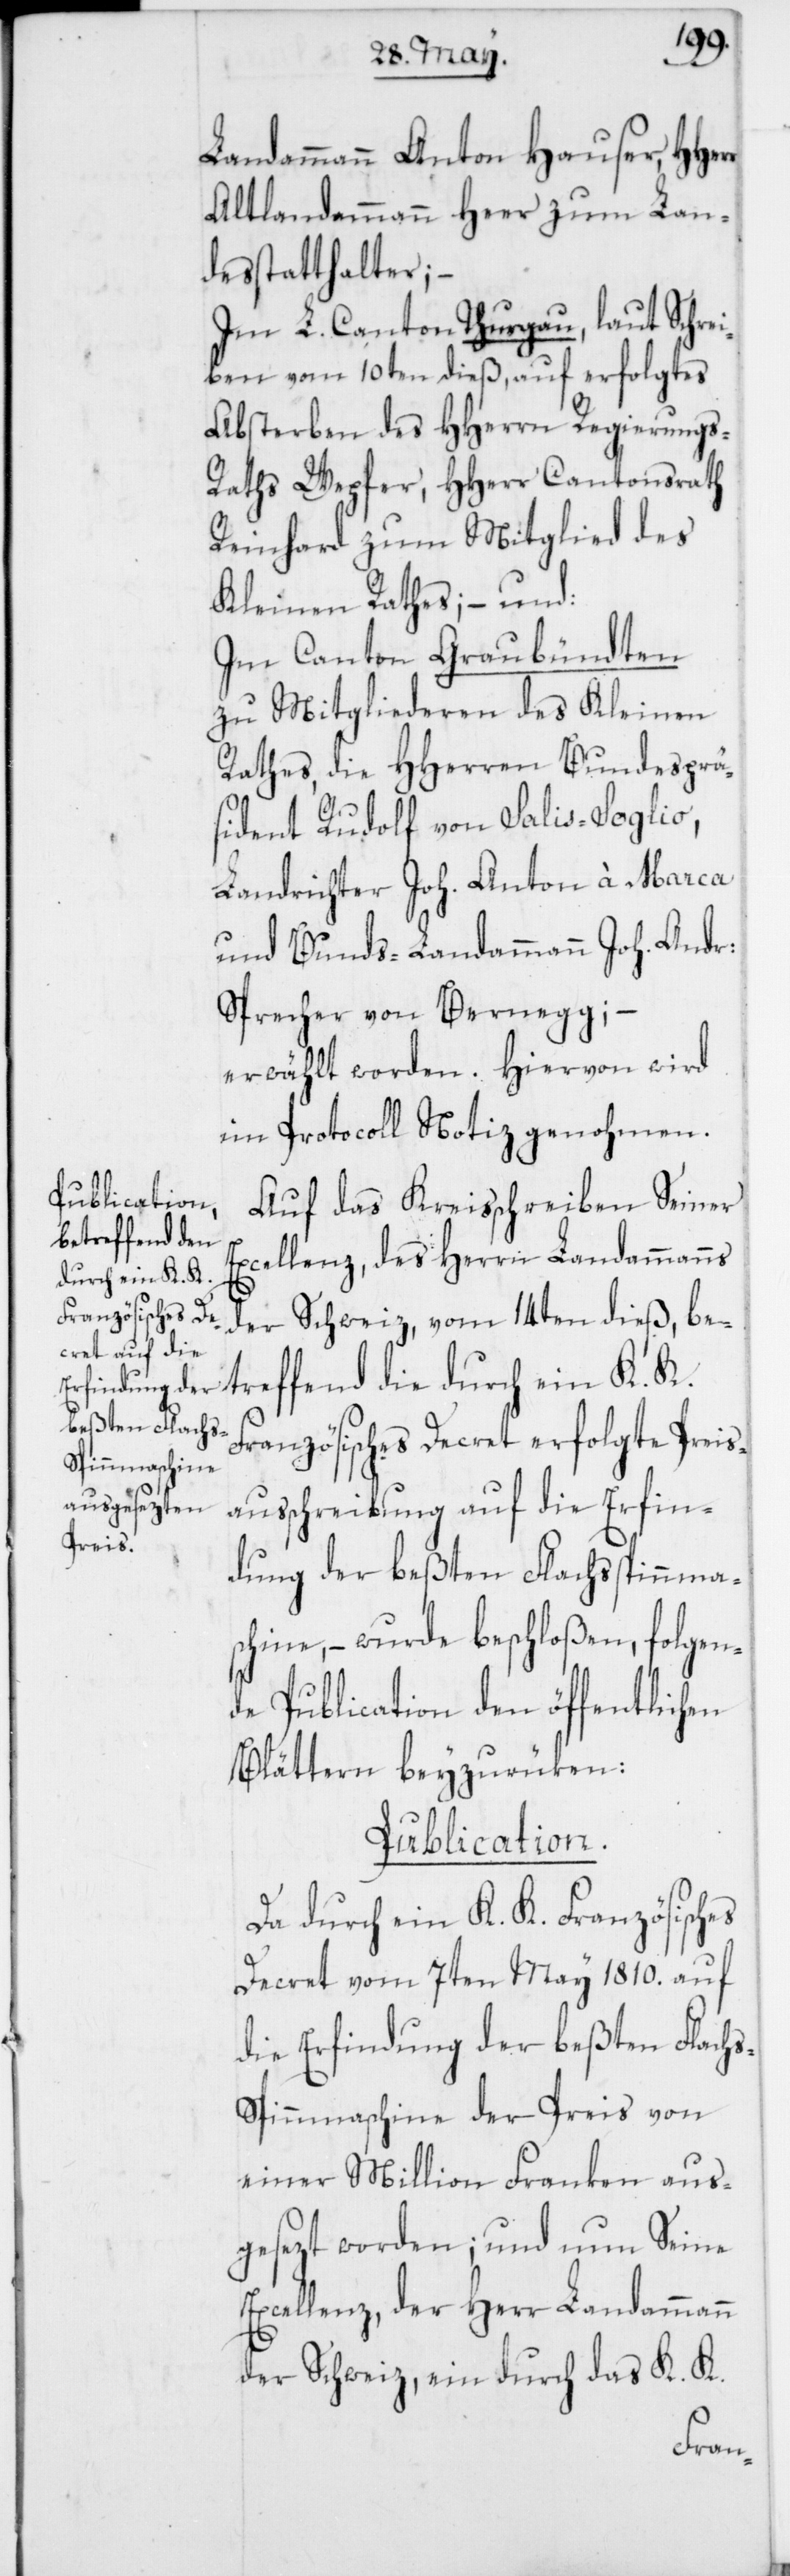
Landammann Anton Hauser,
Altlandammann Heer zum Lan¬
desstatthalter;
Im L. Canton Thurgau, laut Schrei¬
ben vom 10ten dieß, auf erfolgtes
Absterben des HHerrn Regierungs-R¬
aths Wepfer, HHerr Cantonsrath
Reinhard zum Mitglied des
Kleinen Rathes; – und:
Im Canton Graubündten
zu Mitgliederen des Kleinen
Rathes, die HHerren Bundesprä¬
sident Rudolf von Salis-Soglio,
Landrichter Joh. Anton à Marca
und Bunds-Landammann Joh. Andr:
Sprecher von Bernegg;
erwählt worden. Hiervon wird
im Protocoll Notiz genohmen.
Auf das Kreisschreiben Seiner
treffend die
Excellenz, des Herrn Landammanns
durch ein K. K.
der Schweiz, vom 14ten dieß, be¬
Französisches Decret erfolgte Preis¬
ausschreibung auf die Erfin¬
dung der beßten Flachsspinnma¬
schine, – wurde beschloßen, folgen¬
de Publication den öffentlichen
Blättern beyzurüken:
Publication.
Da durch ein K. K. Französisches
Decret vom 7ten May 1810. auf
die Erfindung der beßten Flach¬
s-Spinnmaschine der Preis von
einer Million Franken aus¬
gesezt worden; und nun Seine
Excellenz, der Herr Landammann
der Schweiz, ein durch das K. K.